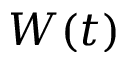
W ( t )